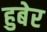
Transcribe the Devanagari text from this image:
हुबेर